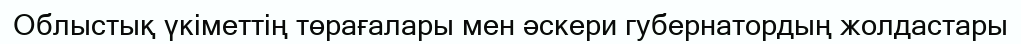
Облыстық үкіметтің төрағалары мен әскери губернатордың жолдастары